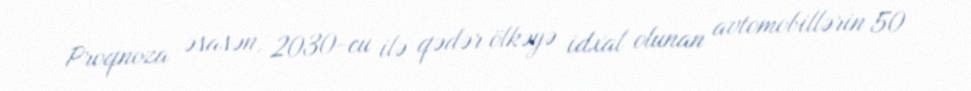
Proqnoza əsasən, 2030-cu ilə qədər ölkəyə idxal olunan avtomobillərin 50